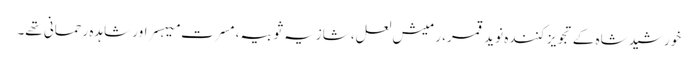
خورشید شاہ کے تجویز کنندہ نوید قمر، رمیش لعل، شازیہ ثوبیہ، مسرت میہسر اور شاہدہ رحمانی تھے۔